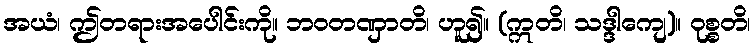
အယံ၊ ဤတရားအပေါင်းကို။ ဘဝတဏှာတိ၊ ဟူ၍။ (ဣတိ၊ သဒ္ဒါကျေ)။ ဝုစ္စတိ၊